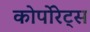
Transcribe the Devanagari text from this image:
कोर्पोरेट्स